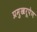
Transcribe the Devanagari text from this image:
प्रमुखरूपेण